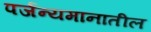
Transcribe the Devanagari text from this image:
पर्जन्यमानातील